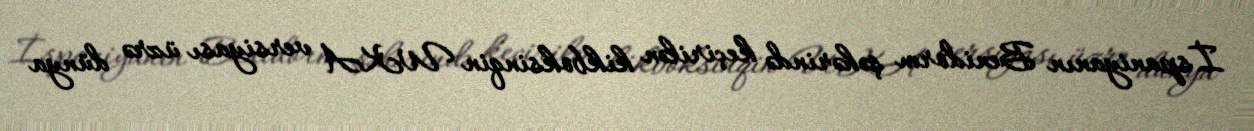
İspaniyanın Benidorm şəhərində keçirilən kikboksinqin WKA versiyası üzrə dünya